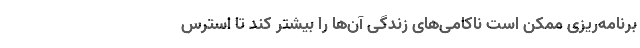
برنامه‌ریزی ممکن است ناکامی‌های زندگی آن‌ها را بیشتر کند تا استرس